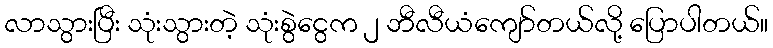
လာသွားပြီး သုံးသွားတဲ့ သုံးစွဲငွေက ၂ ဘီလီယံကျော်တယ်လို့ ပြောပါတယ်။